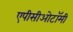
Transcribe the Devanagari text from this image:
एपीसीओटॉमी